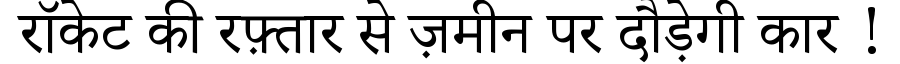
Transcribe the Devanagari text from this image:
रॉकेट की रफ़्तार से ज़मीन पर दौड़ेगी कार !